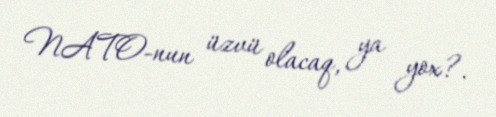
NATO-nun üzvü olacaq, ya yox?.